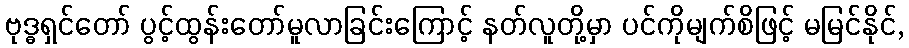
ဗုဒ္ဓရှင်တော် ပွင့်ထွန်းတော်မူလာခြင်းကြောင့် နတ်လူတို့မှာ ပင်ကိုမျက်စိဖြင့် မမြင်နိုင်,